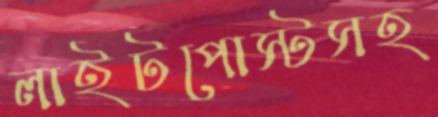
লাইটপোস্টসহ